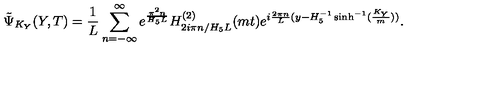
\tilde { \Psi } _ { K _ { Y } } ( Y , T ) = \frac { 1 } { L } \sum _ { n = - \infty } ^ { \infty } e ^ { \frac { \pi ^ { 2 } n } { H _ { 5 } L } } H _ { 2 i \pi n / H _ { 5 } L } ^ { ( 2 ) } ( m t ) e ^ { i { \frac { 2 \pi n } { L } } ( y - H _ { 5 } ^ { - 1 } \sinh ^ { - 1 } ( \frac { K _ { Y } } { m } ) ) } .